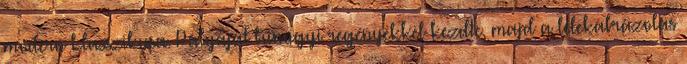
modern klasszikusa. Pályáját bűnügyi regényekkel kezdte, majd a lélekábrázolás